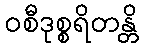
ဝစီဒုစ္စရိတန္တိ